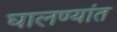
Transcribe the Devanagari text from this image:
घालण्यांत